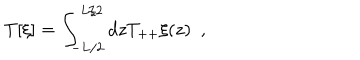
T [ \xi ] = \int _ { - L / 2 } ^ { L / 2 } d z T _ { + + } \xi ( z ) ~ ~ ,